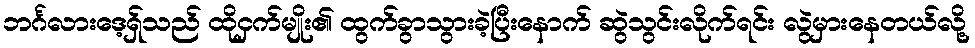
ဘင်္ဂလားဒေ့ရ်ှသည် ထိုငှက်မျိုး၏ ထွက်ခွာသွားခဲ့ပြီးနောက် ဆွဲသွင်းလိုက်ရင်း လွဲမှားနေတယ်လို့